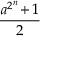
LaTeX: \frac { a ^ { 2 ^ { n } } \! + 1 } { 2 }